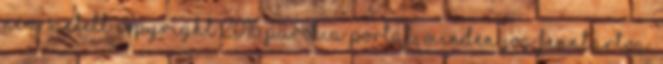
nem sietett Copyright 2016 Parókia Portál, Minden jog fenntartva.